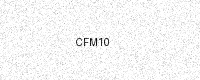
Text: CFM10